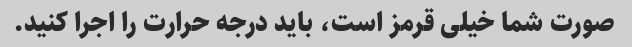
صورت شما خیلی قرمز است، باید درجه حرارت را اجرا کنید.